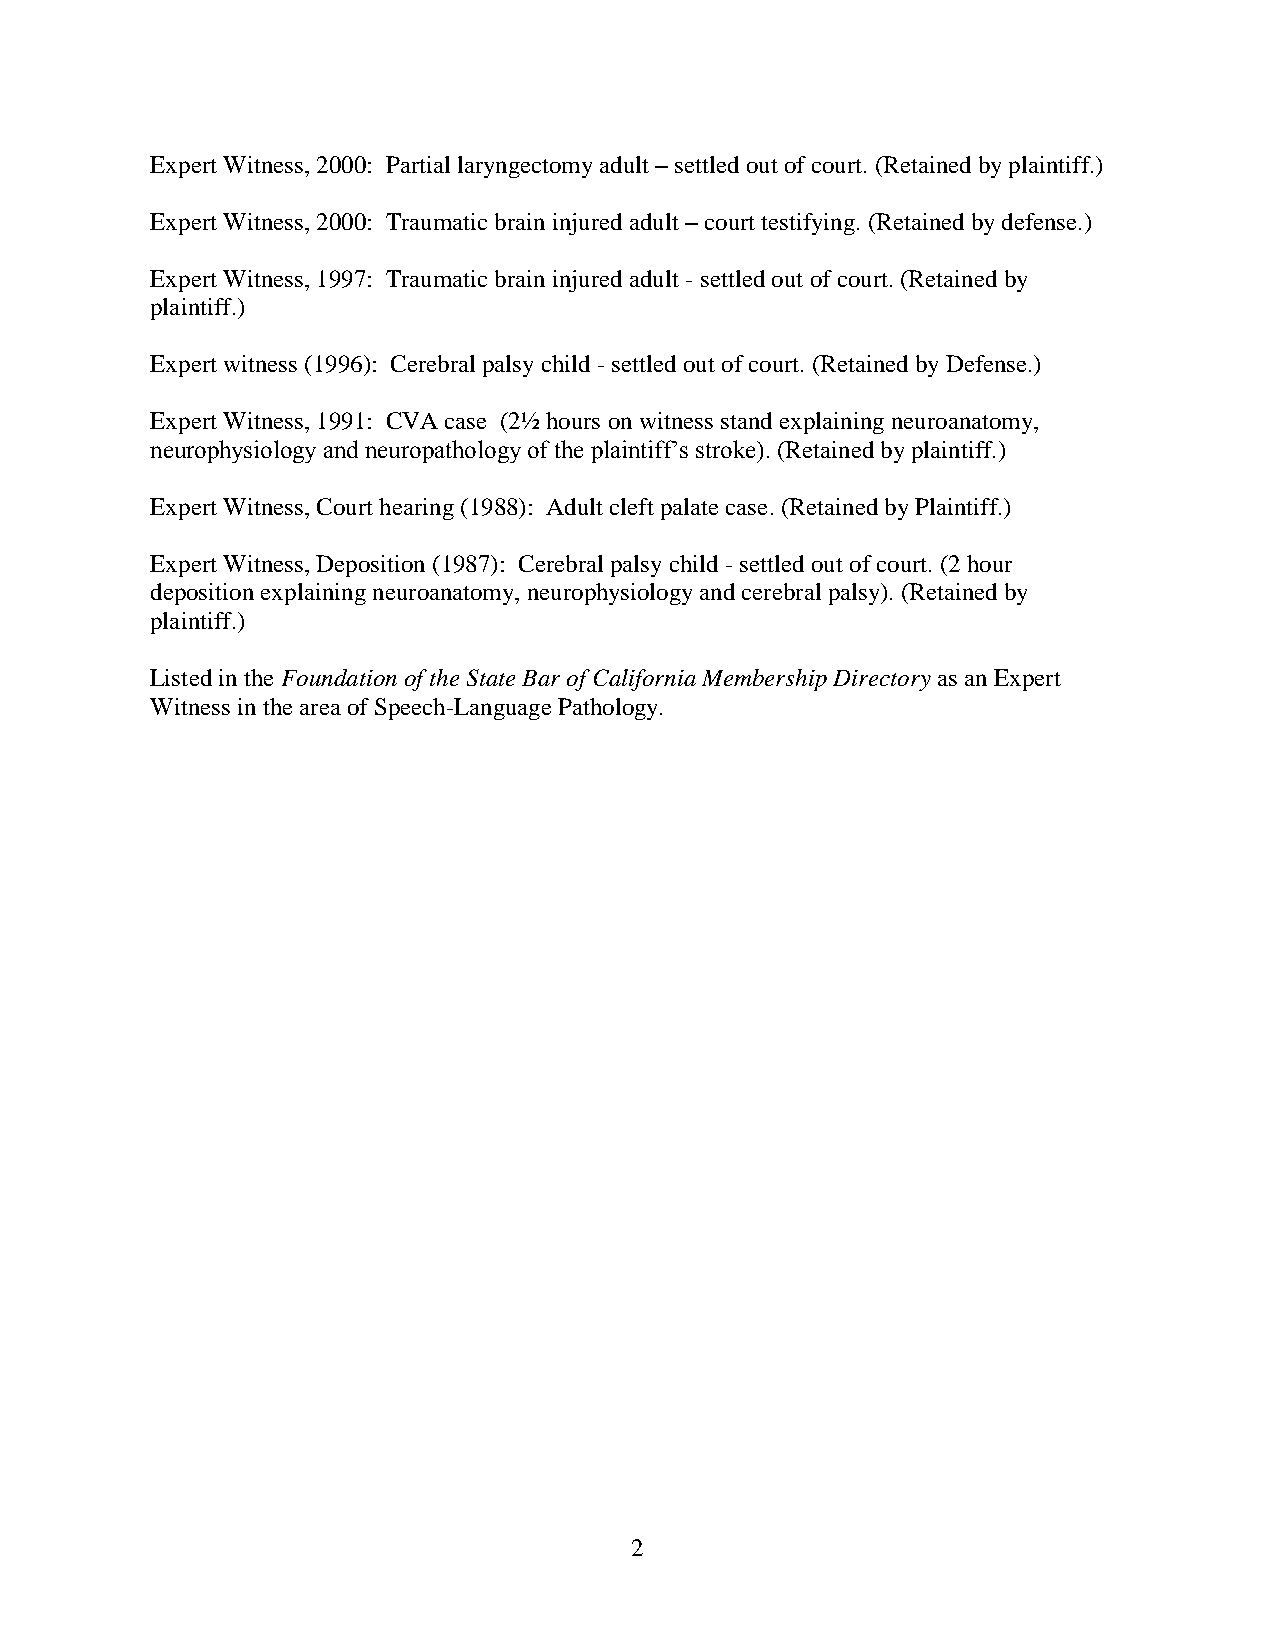
Expert Witness, 2000: Partial laryngectomy adult – settled out of court. (Retained by plaintiff.)
 Expert Witness, 2000: Traumatic brain injured adult – court testifying. (Retained by defense.)
 Expert Witness, 1997: Traumatic brain injured adult - settled out of court. (Retained by
 plaintiff.)
 Expert witness (1996): Cerebral palsy child - settled out of court. (Retained by Defense.)
 Expert Witness, 1991: CVA case (2½ hours on witness stand explaining neuroanatomy,
 neurophysiology and neuropathology of the plaintiff’s stroke). (Retained by plaintiff.)
 Expert Witness, Court hearing (1988): Adult cleft palate case. (Retained by Plaintiff.)
 Expert Witness, Deposition (1987): Cerebral palsy child - settled out of court. (2 hour
 deposition explaining neuroanatomy, neurophysiology and cerebral palsy). (Retained by
 plaintiff.)
 Listed in the Foundation of the State Bar of California Membership Directory as an Expert
 Witness in the area of Speech-Language Pathology.
 2